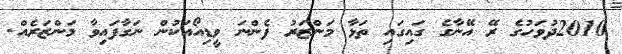
2010ދުވަހުގެ ރޭ އޭނާގެ ގައިގައި ތަޅާ މަންޒަރު ފެންނަ ވީޑިއޯއަކުން ނަގާފައިވާ މަންޒަރެއް.